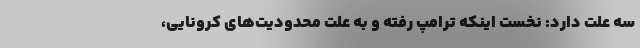
سه علت دارد: نخست اینکه ترامپ رفته و به علت محدودیت‌های کرونایی،